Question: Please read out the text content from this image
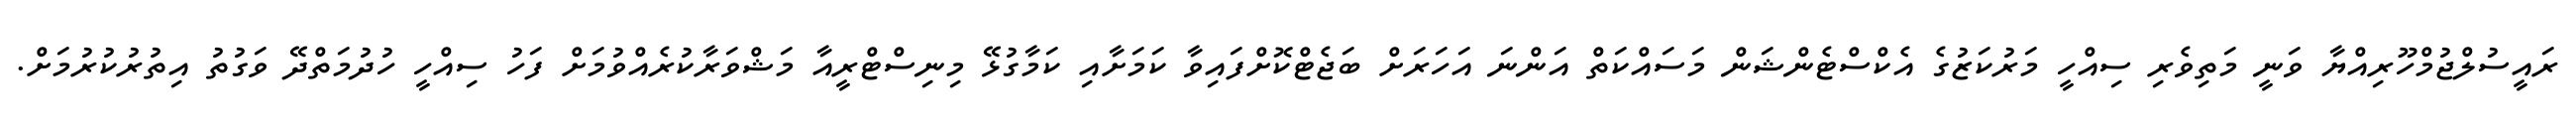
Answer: ރައީސުލްޖުމްހޫރިއްޔާ ވަނީ މަތިވެރި ސިއްހީ މަރުކަޒުގެ އެކްސްޓެންޝަން މަސައްކަތް އަންނަ އަހަރަށް ބަޖެޓްކޮށްފައިވާ ކަމަށާއި ކަމާގުޅޭ މިނިސްޓްރީއާ މަޝްވަރާކުރެއްވުމަށް ފަހު ސިއްހީ ހުދުމަތްދޭ ވަގުތު އިތުރުކުރުމަށް.